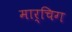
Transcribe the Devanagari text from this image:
मार्चिग